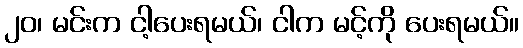
၂၀၊ မင်းက ငါ့ပေးရမယ်၊ ငါက မင့်ကို ပေးရမယ်။